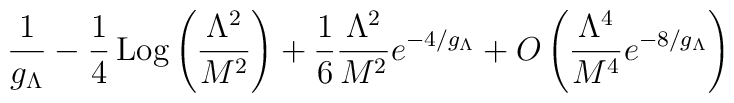
\frac {1}{g_\Lambda}-\frac{1}{4}\,{\rm Log} \left(\frac {\Lambda^2}{M^2}\right)+\frac {1}{6}\frac {\Lambda^2}{M^2}e^{ -4/g_\Lambda}+O\left(\frac {\Lambda^4}{M^4} e^{ -8/g_\Lambda}\right)